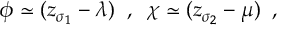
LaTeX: \phi \simeq ( z _ { \sigma _ { 1 } } - \lambda ) \; \; , \; \; \chi \simeq ( z _ { \sigma _ { 2 } } - \mu ) \; \; ,